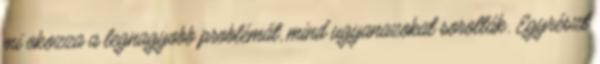
mi okozza a legnagyobb problémát, mind ugyanazokat sorolták. Egyrészt